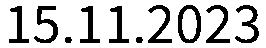
15.11.2023